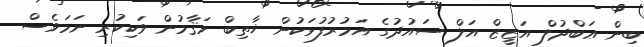
ބިން ޢަބްދުލް އަޒީޒް އަލް ސައުދުގެ އަމުރުފުޅަކުން ޚާތިބް މަޤާމުން ވަކިކުރި ނަމަވެސް